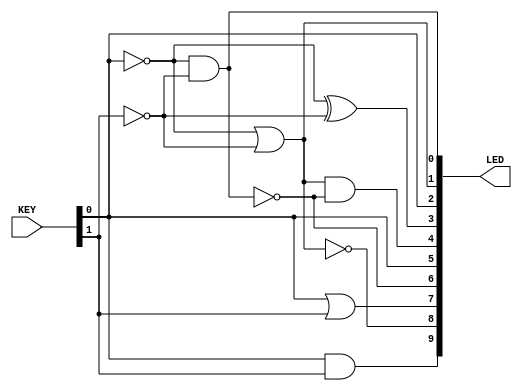
module lab1
(
  input [1:0] KEY, // KEYs 
  output [9:0] LED // LEDs
);

  wire a = ~ KEY [0];
  wire b = ~ KEY [1];
  
  // Basic gates AND, OR and NOT
  assign LED [0] = a & b;
  assign LED [1] = a | b;
  assign LED [2] = ~ a;
  
  // XOR gates (useful for adders, comparisons,
  // parity and control sum calculation)
  assign LED [3] = a ^ b;
  
  // Building XOR only using AND, OR and NOT
  assign LED [4] = (a | b) & ~ (a & b);
  
  // Building NOT by XORing with 1
  assign LED [5] = a ^ 1'b1;
  
  // De Morgan law illustration
  assign LED [6] = ~ ( a & b );
  assign LED [7] = ~ a | ~ b;
  assign LED [8] = ~ ( a |  b );
  assign LED [9] = ~ a & ~ b;
  
endmodule